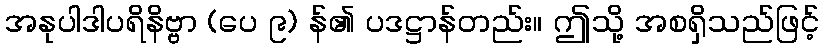
အနုပါဒါပရိနိဗ္ဗာ (ပေ ၉) န်၏ ပဒဋ္ဌာန်တည်း။ ဤသို့ အစရှိသည်ဖြင့်